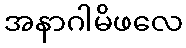
အနာဂါမိဖလေ